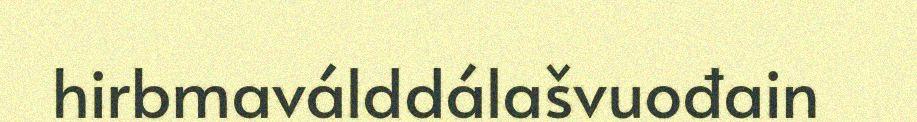
hirbmaválddálašvuođain